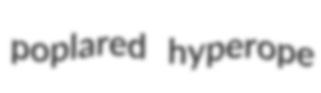
poplared hyperope